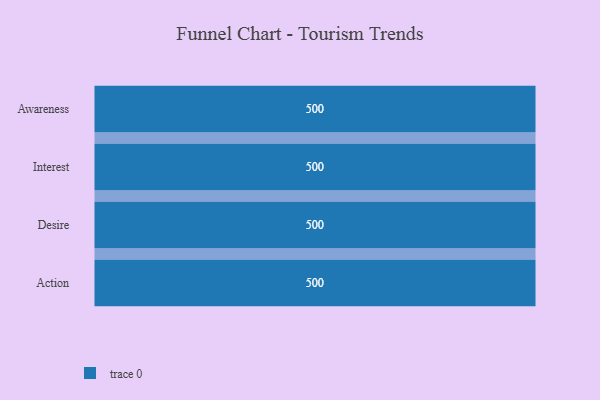
{"axis": {"x": "Stage", "y": "Value"}, "legend": [""], "data": [{"x": "Awareness", "y": 500, "type": ""}, {"x": "Interest", "y": 500, "type": ""}, {"x": "Desire", "y": 500, "type": ""}, {"x": "Action", "y": 500, "type": ""}]}